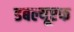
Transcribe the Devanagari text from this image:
डबल्यूएफ